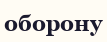
оборону